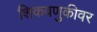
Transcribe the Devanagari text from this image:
शिकवणुकीवर